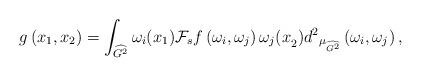
LaTeX: \begin{align*}g\left(x_1,x_2\right)=\int_{\widehat{G^2}}{\omega_i(x_1){\mathcal{F}}_sf\left(\omega_i,\omega_j\right)\omega_j{(x}_2)}{d^2}_{{\mu }_{\widehat{G^2}}}\left(\omega_i,\omega_j\right),\end{align*}